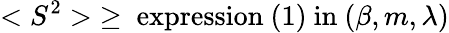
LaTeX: <S^{2}>\; \ge\mathrm{~expression~(1)~in~}(\beta,m,\lambda)